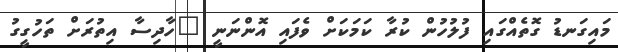
މައިގަނޑު ގޮތެއްގައި ފުލުހުން ކުރާ ކަމަކަށް ވެފައި އޮންނަނީ "ހާދިސާ އިތުރަށް ތަހުގީގު